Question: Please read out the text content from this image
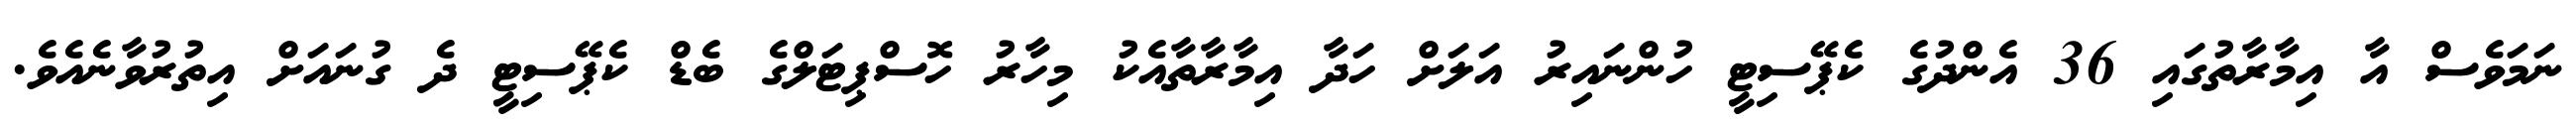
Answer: ނަމަވެސް އާ އިމާރާތުގައި 36 އެންދުގެ ކެޕޭސިޓީ ހުންނައިރު އަލަށް ހަދާ އިމާރާތާއެކު މިހާރު ހޮސްޕިޓަލްގެ ބެޑް ކެޕޭސިޓީ ދެ ގުނައަށް އިތުރުވާނެއެވެ.